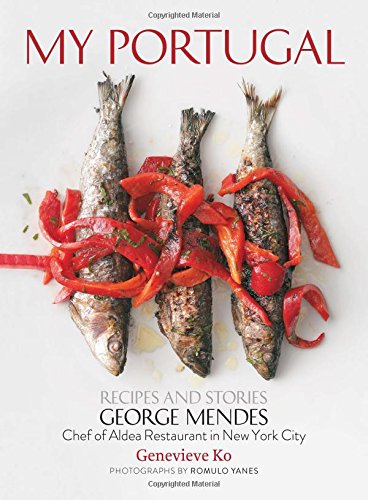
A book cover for My Portugal: Recipes and Stories; George Mendes; Cookbooks, Food & Wine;